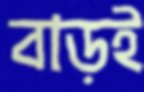
বাড়ই